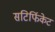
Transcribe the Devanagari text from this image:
सटिर्फिकेट